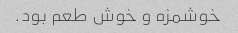
خوشمزه و خوش طعم بود.